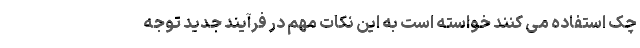
چک استفاده می کنند خواسته است به این نکات مهم در فرآیند جدید توجه